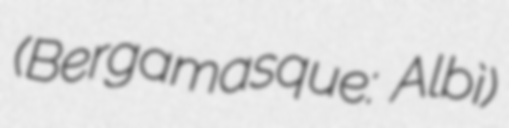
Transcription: (Bergamasque: Albì)